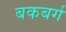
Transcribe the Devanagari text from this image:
बकबर्ग